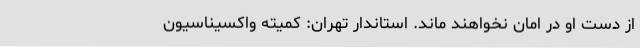
از دست او در امان نخواهند ماند. استاندار تهران: کمیته واکسیناسیون